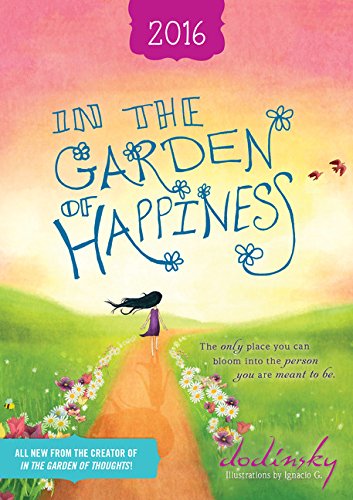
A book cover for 2016 In the Garden of Happiness Planner; Dodinsky; Calendars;